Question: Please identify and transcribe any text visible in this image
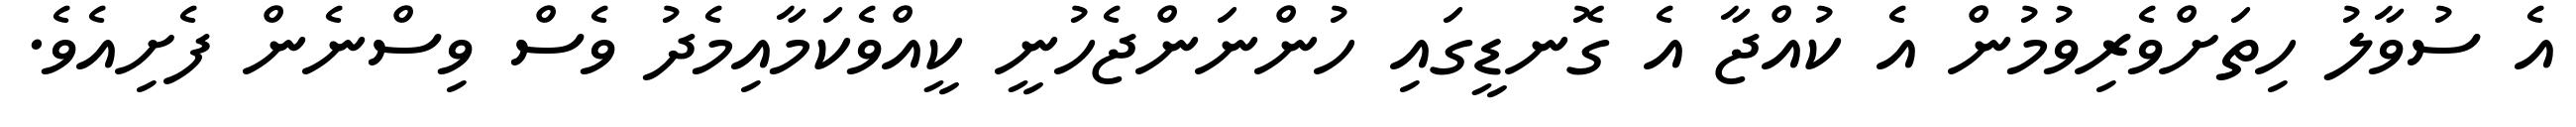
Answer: އެ ސުވާލު ހިތަށްވެރިވުމުން އެ ކުއްޖާ އެ ގޮނޑީގައި ހުންނަންޖެހުނީ ކީއްވެކަމާއިމެދު ވެސް ވިސްނެން ފެށިއެވެ.